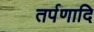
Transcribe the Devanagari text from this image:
तर्पणादि